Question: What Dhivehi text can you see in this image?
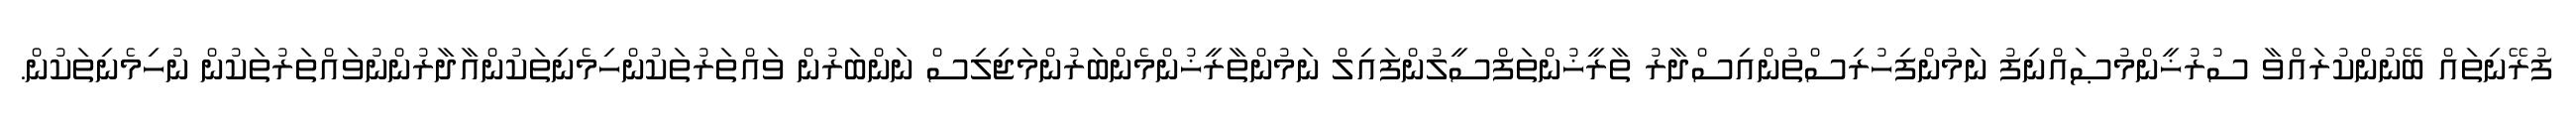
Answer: ފުރޭނިތައް ބޭނުންކުރައްވާ ސުރުޚީންމުޞައްނިފު ނަމުންފިހުރިސްތުންއިސްދާރު ތާރީޚުންތަފްސީލުންފައިލް ނަމުންތާރީޚުންމެންބަރުންމަޖިލިސް ނަންބަރުން ވައްތަރުތަކުންހިމެނިތަކުންއާދާރުންނުވައްތަރުތަކުން ނުހިމެނިތަކުން.